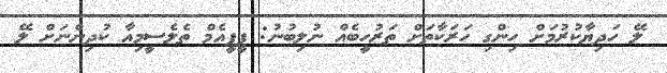
ލޭ ހަދިޔާކުރުމަށް ހިންގި ހަރަކާތަށް ތަރުހީބެއް ނުލިބުނު: ޕީޕީއެމް ތެލެސީމިއާ ކުދިންނަށް ލޭ